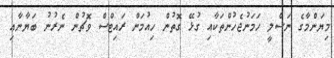
މިޔަންމާގެ ނަސްލީ ހަމަނުޖެހުންތަކާއި ގުޅޭ ގޮތުން ހިއުމަން ރައިޓްސް ވޮޗުން ނެރުނު ބަޔާނާއި